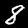
Label: 8